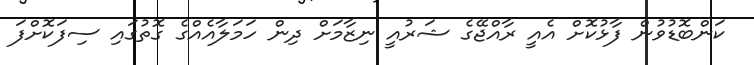
ކަންބޮޑުވުން ފާޅުކޮށް އެއީ ރާއްޖޭގެ ޝަރުއީ ނިޒާމަަށް ދިން ހަމަލާއެއްގެ ގޮތުގައި ސިފަކޮށްފަ